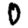
Digit: 0